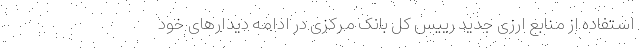
استفاده از منابع ارزی جدید رییس کل بانک مرکزی در ادامه دیدارهای خود